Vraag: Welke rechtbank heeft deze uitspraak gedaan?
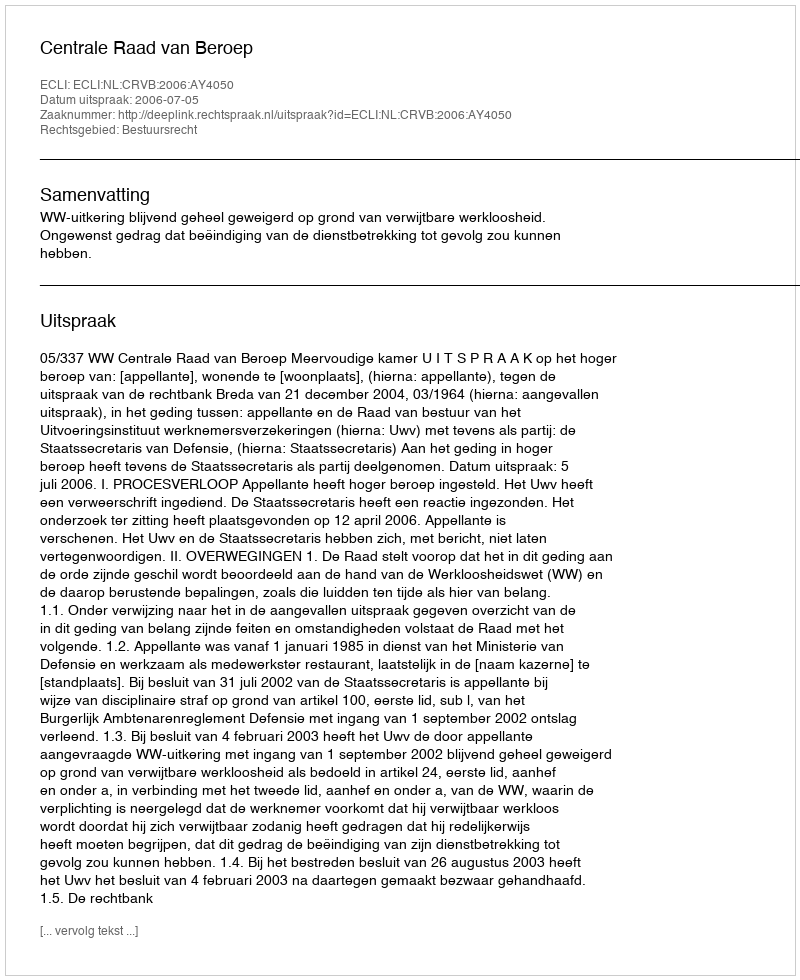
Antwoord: Centrale Raad van Beroep